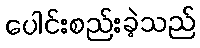
ပေါင်းစည်းခဲ့သည်